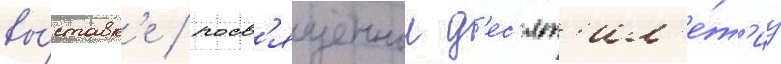
вы́ставк'е / посв'ященнои д'ес'ят'ил'е́т'иу